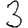
Digit: 3